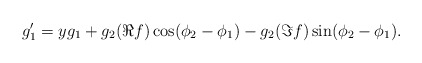
\begin{align*} g_1' = y g_1 + g_2 (\Re f) \cos (\phi_2 - \phi_1) - g_2(\Im f) \sin (\phi_2 - \phi_1).\end{align*}